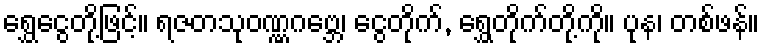
ရွှေငွေတို့ဖြင့်။ ရဇတသုဝဏ္ဏဂဗ္ဘေ၊ ငွေတိုက်, ရွှေတိုက်တို့ကို။ ပုန၊ တစ်ဖန်။